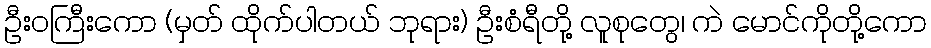
ဦးဝကြီးကော (မှတ် ထိုက်ပါတယ် ဘုရား) ဦးစံရီတို့ လူစုတွေ၊ ကဲ မောင်ကိုတို့ကော